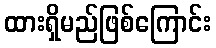
ထားရှိမည်ဖြစ်ကြောင်း